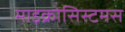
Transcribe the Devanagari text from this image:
माइक्रोसिस्टमस